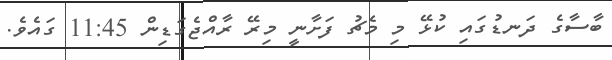
ބާސާގެ ދަނޑުގައި ކުޅޭ މި މެޗު ފަށާނީ މިރޭ ރާއްޖެގަޑިން 11:45 ގައެވެ.